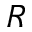
R